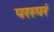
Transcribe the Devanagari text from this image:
परस्परं